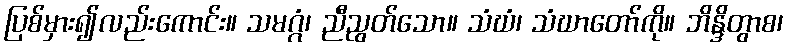
ပြစ်မှား၍လည်းကောင်း။ သမဂ္ဂံ၊ ညီညွတ်သော။ သံဃံ၊ သံဃာတော်ကို။ ဘိန္ဒိတွာစ၊